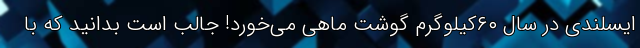
ایسلندی در سال ۶۰کیلوگرم گوشت ماهی می‌خورد! جالب است بدانید که با